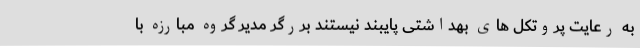
به رعایت پروتکل های بهداشتی پایبند نیستند بررگر مدیر گروه مبارزه با